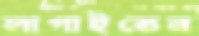
লাগাইতেন